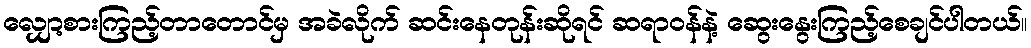
လျှော့စားကြည့်တာတောင်မှ အခဲလိုက် ဆင်းနေတုန်းဆိုရင် ဆရာဝန်နဲ့ ဆွေးနွေးကြည့်စေချင်ပါတယ်။